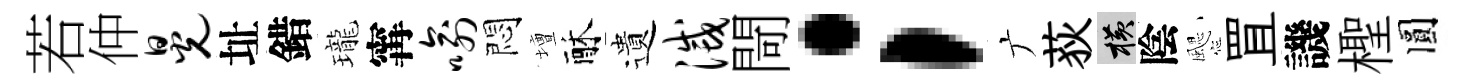
若仲晃址錯瓏𡩋喻悶壇酥遺灭閜；广荻横陰颸罝譏檉圓